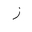
Letter: _zay